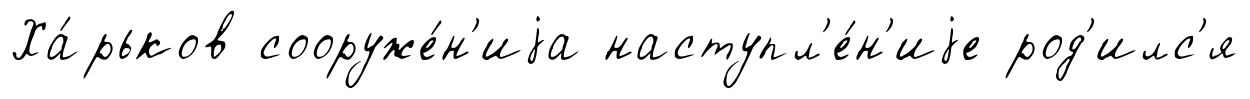
Ха́рьков сооруже́н'иjа наступл'е́н'иjе род'илс'я